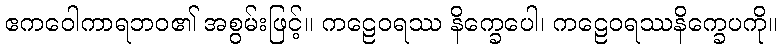
ဧကဝေါကာရဘဝ၏ အစွမ်းဖြင့်။ ကဠေဝရဿ နိက္ခေပေါ၊ ကဠေဝရဿနိက္ခေပကို။